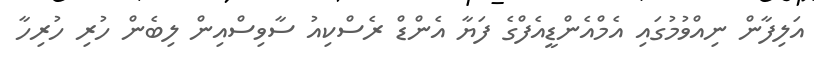
އަލިފާން ނިއްވުމުގައި އެމްއެންޑީއެފްގެ ފަޔާ އެންޑް ރެސްކިއު ސާވިސްއިން ލިބެން ހުރި ހުރިހާ